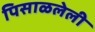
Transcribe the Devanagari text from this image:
पिसाळलेली